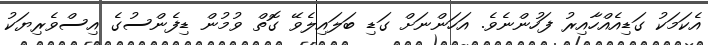
އެކަމަކު ގަޑިއެއްހާއިރު ފަހުންނެވެ. އަހަންނަށް ގަޑި ބަލައިލެވޭ ގޮތް ވުމުން ޑިފެންސުގެ އިސްވެރިޔަކު